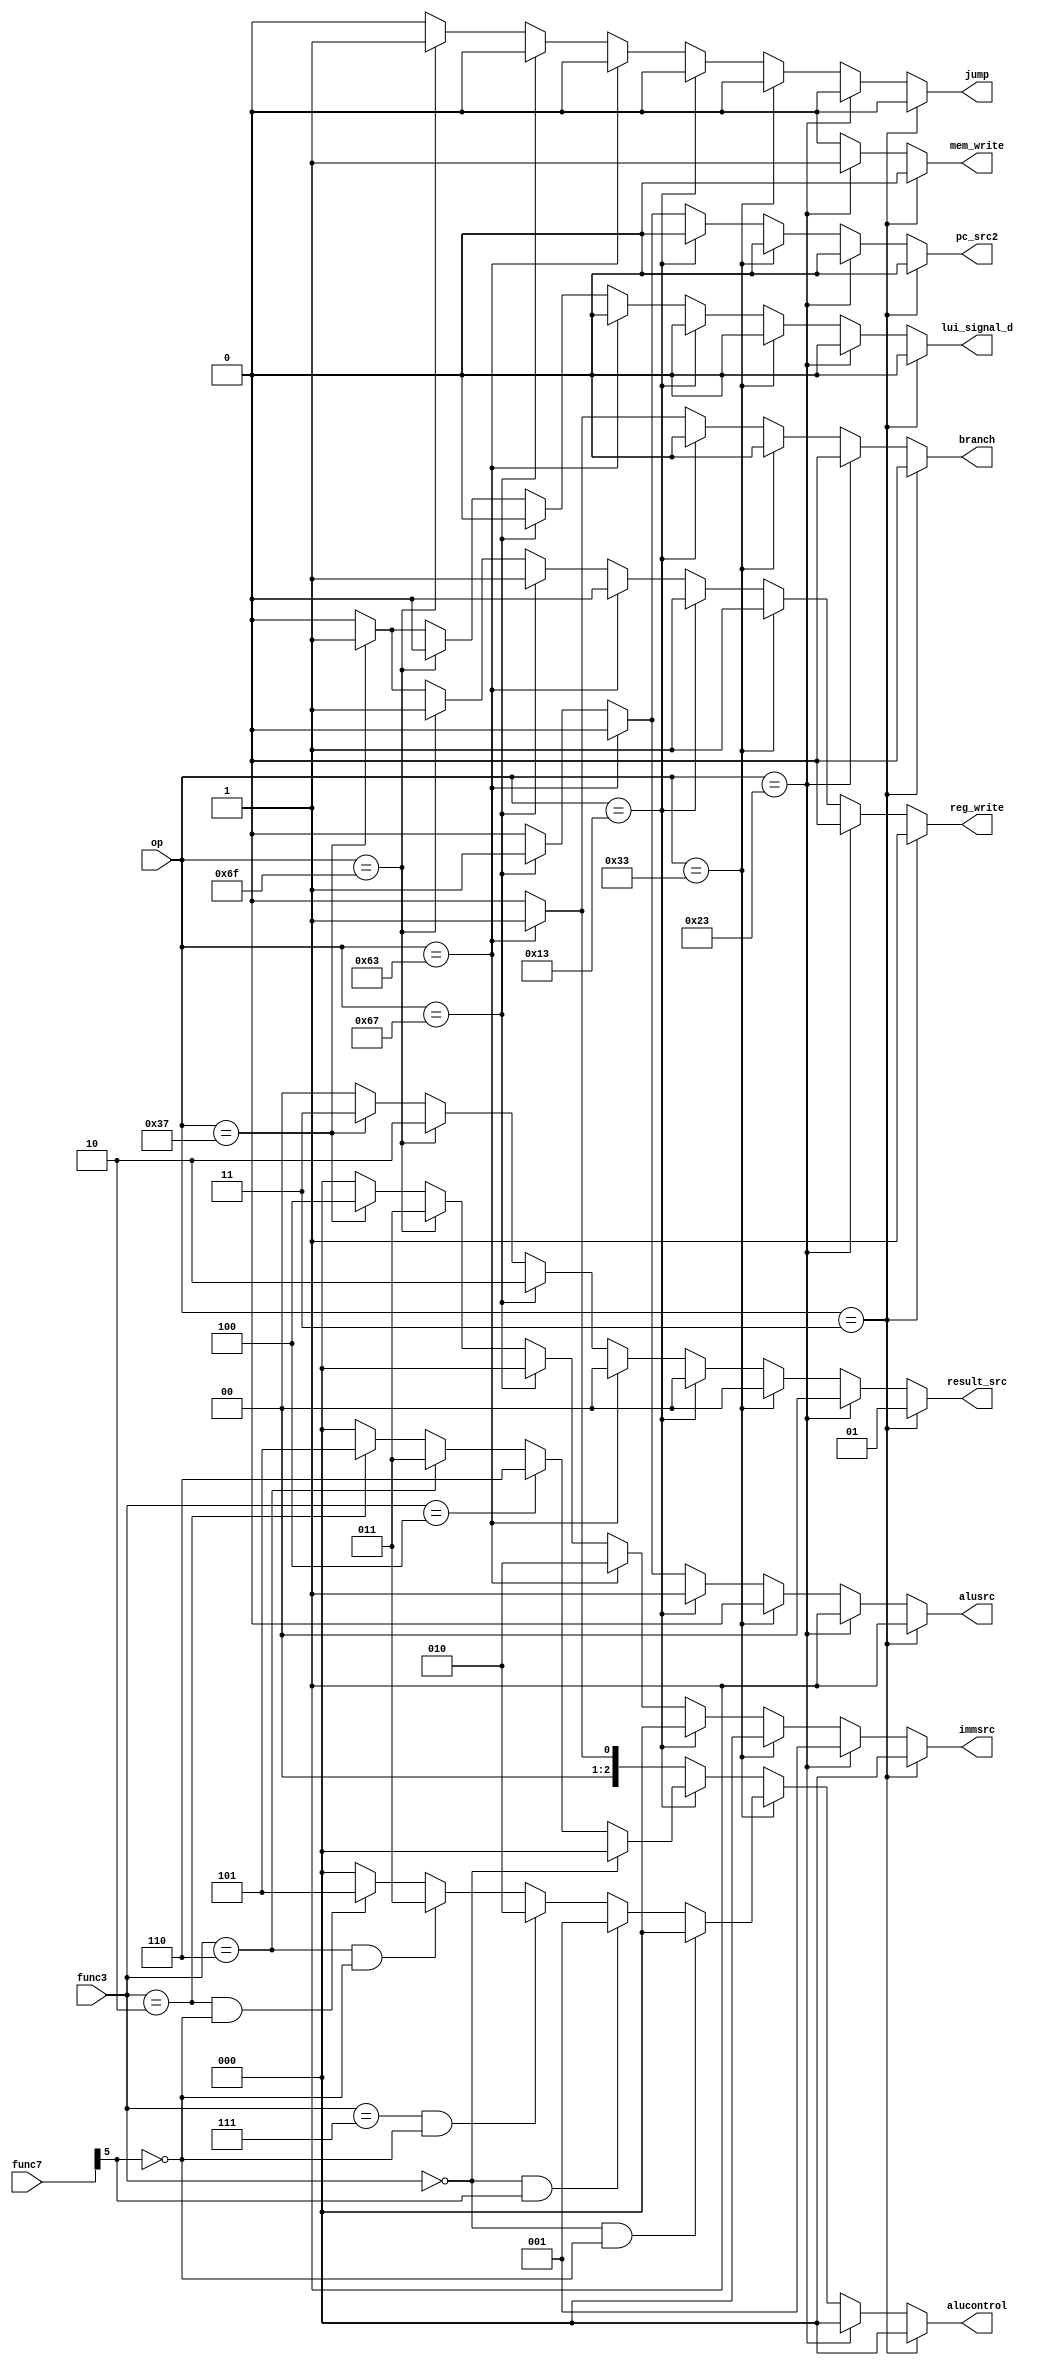


module controller(input [6:0] op, input [2:0] func3, input [6:0] func7, output reg reg_write, output reg [1:0] result_src, output reg mem_write, jump, branch,output reg [2:0] alucontrol,output reg alusrc, output reg [2:0] immsrc,output reg pc_src2, lui_signal_d);

always @(op,func3,func7)begin
    reg_write = 1'b0;
    result_src = 2'b00;
    mem_write = 1'b0;
    jump = 1'b0;
    branch =1'b0;
    alucontrol = 3'b000;
    alusrc = 1'b0;
    immsrc = 3'b000;
    pc_src2 = 1'b0;
    lui_signal_d = 1'b0;
    if (op == 7'd3)begin//lw
        mem_write = 1'b0;
        result_src = 2'b01;
        alusrc = 1'b1;
        immsrc = 3'b000;
        reg_write = 1'b1;
        alucontrol = 3'b000;
    end
    else if (op == 7'd35)begin//sw
        mem_write = 1'b1;
        alusrc = 1'b1;
        immsrc = 3'b001;
        reg_write = 1'b0;
        alucontrol = 3'b000;
    end
    else if (op == 7'd51)begin //R-type
        mem_write = 1'b0;
        result_src = 2'b00;
        alusrc = 1'b0;
        reg_write = 1'b1;        
        if (func3 == 3'b000 && func7[5] == 1'b0)//add
            alucontrol = 3'b000;

        else if(func3 == 3'b000 && func7[5] == 1'b1)//sub
            alucontrol = 3'b001;

        else if(func3 == 3'b111 && func7[5] == 1'b0)//and
            alucontrol = 3'b010;

        else if(func3 == 3'b110 && func7[5] == 1'b0)//or 
            alucontrol = 3'b011;
        
        else if(func3 == 3'b010 && func7[5] == 1'b0)//slt
            alucontrol = 3'b101;
    end
    else if (op == 7'd19)begin// addi ori xori ...
        reg_write = 1'b1;
        result_src = 2'b00;
        mem_write = 1'b0;
        if (func3 == 3'b000)//addi
            alucontrol = 3'b000;

        else if(func3 == 3'b100)//xori
            alucontrol = 3'b110;

        else if(func3 == 3'b110)//ori 
            alucontrol = 3'b011;
        
        else if(func3 == 3'b010)//slti
            alucontrol = 3'b101;    
        alusrc = 1'b1;
        immsrc = 3'b000;
    end
    else if (op == 7'd99) begin// b-type
        reg_write = 1'b0;
        mem_write = 1'b0;
        branch =1;
        alucontrol = 3'b001;
        alusrc = 1'b0;
        immsrc = 3'b010;
    end
    else if (op == 7'd103)begin//jalr
        reg_write = 1'b1;
        result_src = 2'b10;
        mem_write = 1'b0;
        jump = 0;
        branch =0;
        alucontrol = 3'b000;
        alusrc = 1'b1;
        immsrc = 3'b000;
        pc_src2 = 1'b1;
    end
    else if (op == 7'd111) begin//jal
        reg_write = 1'b1;
        result_src = 2'b10;
        mem_write = 1'b0;
        jump = 1'b1;
        branch =1'b0;
        immsrc = 3'b011;
    end
    else if (op == 7'd55) begin //lui
        reg_write = 1'b1;
        result_src = 2'b11;
        mem_write = 1'b0;
        immsrc = 3'b100;
        pc_src2 = 1'b0;
        lui_signal_d = 1'b1;
    end
end
endmodule